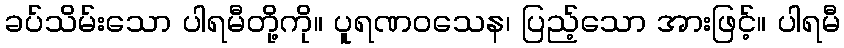
ခပ်သိမ်းသော ပါရမီတို့ကို။ ပူရဏဝသေန၊ ပြည့်သော အားဖြင့်။ ပါရမီ